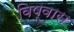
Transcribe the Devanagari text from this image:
विष्वास